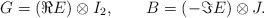
\begin{align*}G=({\Re}E)\otimes I_2 , \qquad B=(-{\Im}E)\otimes J .\end{align*}